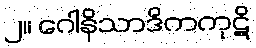
၂။ ဂေါနိသာဒိကကုဋိ